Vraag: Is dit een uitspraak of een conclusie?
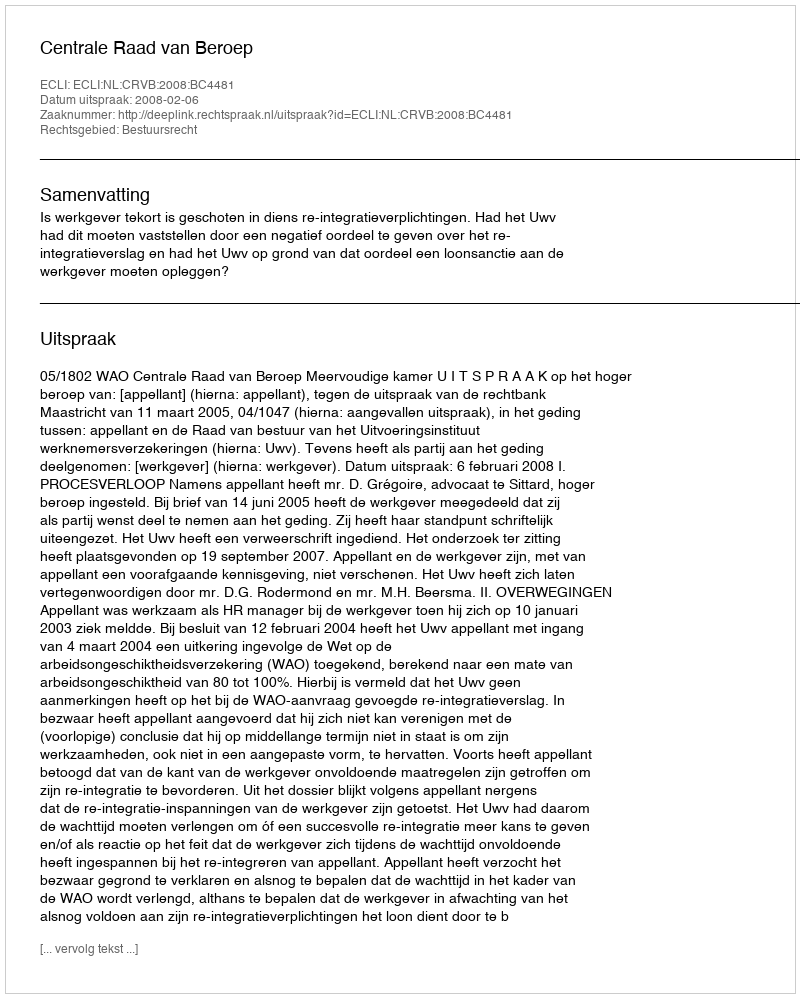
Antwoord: Uitspraak